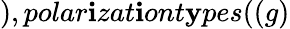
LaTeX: ),polar\mathbf{i}zat\mathbf{i}ont\mathbf{y}pes((g)